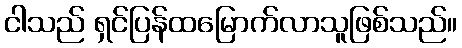
ငါသည် ရှင်ပြန်ထမြောက်လာသူဖြစ်သည်။